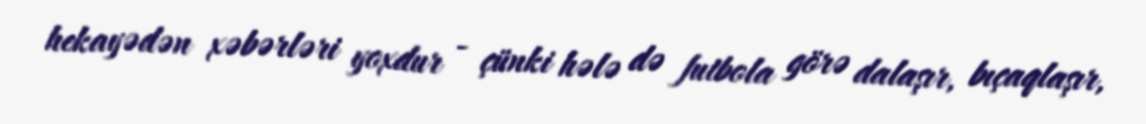
hekayədən xəbərləri yoxdur - çünki hələ də futbola görə dalaşır, bıçaqlaşır,